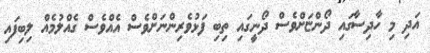
އަދި މި ހާދިސާގައި ދޯންޏަށްވެސް ދޯނީގައި ތިބި ފަޅުވެރިންނަށްވެސް އެއްވެސް ގެއްލުމެއް ލިބިފައި